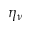
\eta _ { \nu }